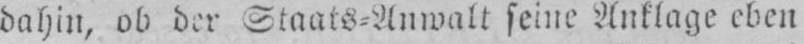
dahin, ob der Staats⸗Anwalt seine Anlage eben